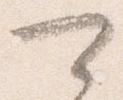
可